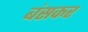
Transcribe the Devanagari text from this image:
बंसकर